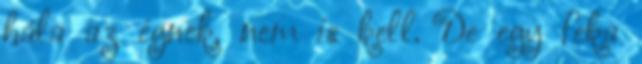
hála az égnek, nem is kell. De egy feka